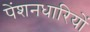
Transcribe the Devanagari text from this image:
पेंशनधारियों